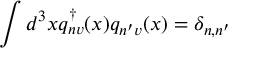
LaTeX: \int d ^ { 3 } x q _ { n v } ^ { \dagger } ( x ) q _ { n ^ { \prime } v } ( x ) = \delta _ { n , n ^ { \prime } }